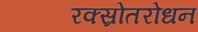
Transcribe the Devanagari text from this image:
रक्स्रोतरोधन